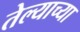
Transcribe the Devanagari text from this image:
तेल्याच्या